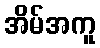
အိမ်အကူ